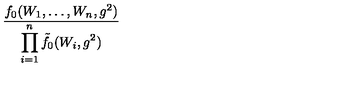
\frac { f _ { 0 } ( W _ { 1 } , \ldots , W _ { n } , g ^ { 2 } ) } { \displaystyle \prod _ { i = 1 } ^ { n } \tilde { f } _ { 0 } ( W _ { i } , g ^ { 2 } ) }